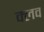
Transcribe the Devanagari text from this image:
क्‍लव